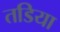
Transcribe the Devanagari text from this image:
तडिया